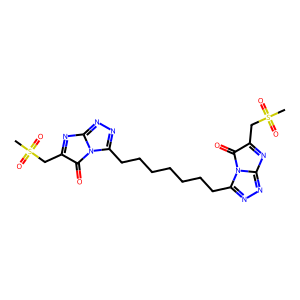
SMILES: CS(=O)(=O)CC1=Nc2nnc(CCCCCCCc3nnc4n3C(=O)C(CS(C)(=O)=O)=N4)n2C1=O
Inhibits HIV replication: No